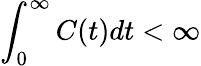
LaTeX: \int_{0}^{\infty}C(t)dt<\infty